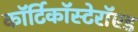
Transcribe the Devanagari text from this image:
कॉर्टिकॉस्टेरॉएड